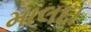
માલદા